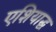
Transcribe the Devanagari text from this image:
एशियाद्ध